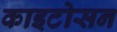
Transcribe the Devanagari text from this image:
काइटोसन